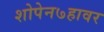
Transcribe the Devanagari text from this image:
शोपेन७हावर